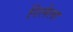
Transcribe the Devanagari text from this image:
रिलेला